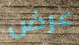
عرض